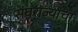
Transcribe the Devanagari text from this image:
संघराज्यांचा